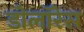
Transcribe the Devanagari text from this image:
डोलॉरेस